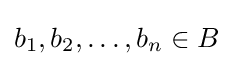
b_{1},b_{2},\dots ,b_{n}\in B